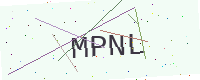
Text: MPNL